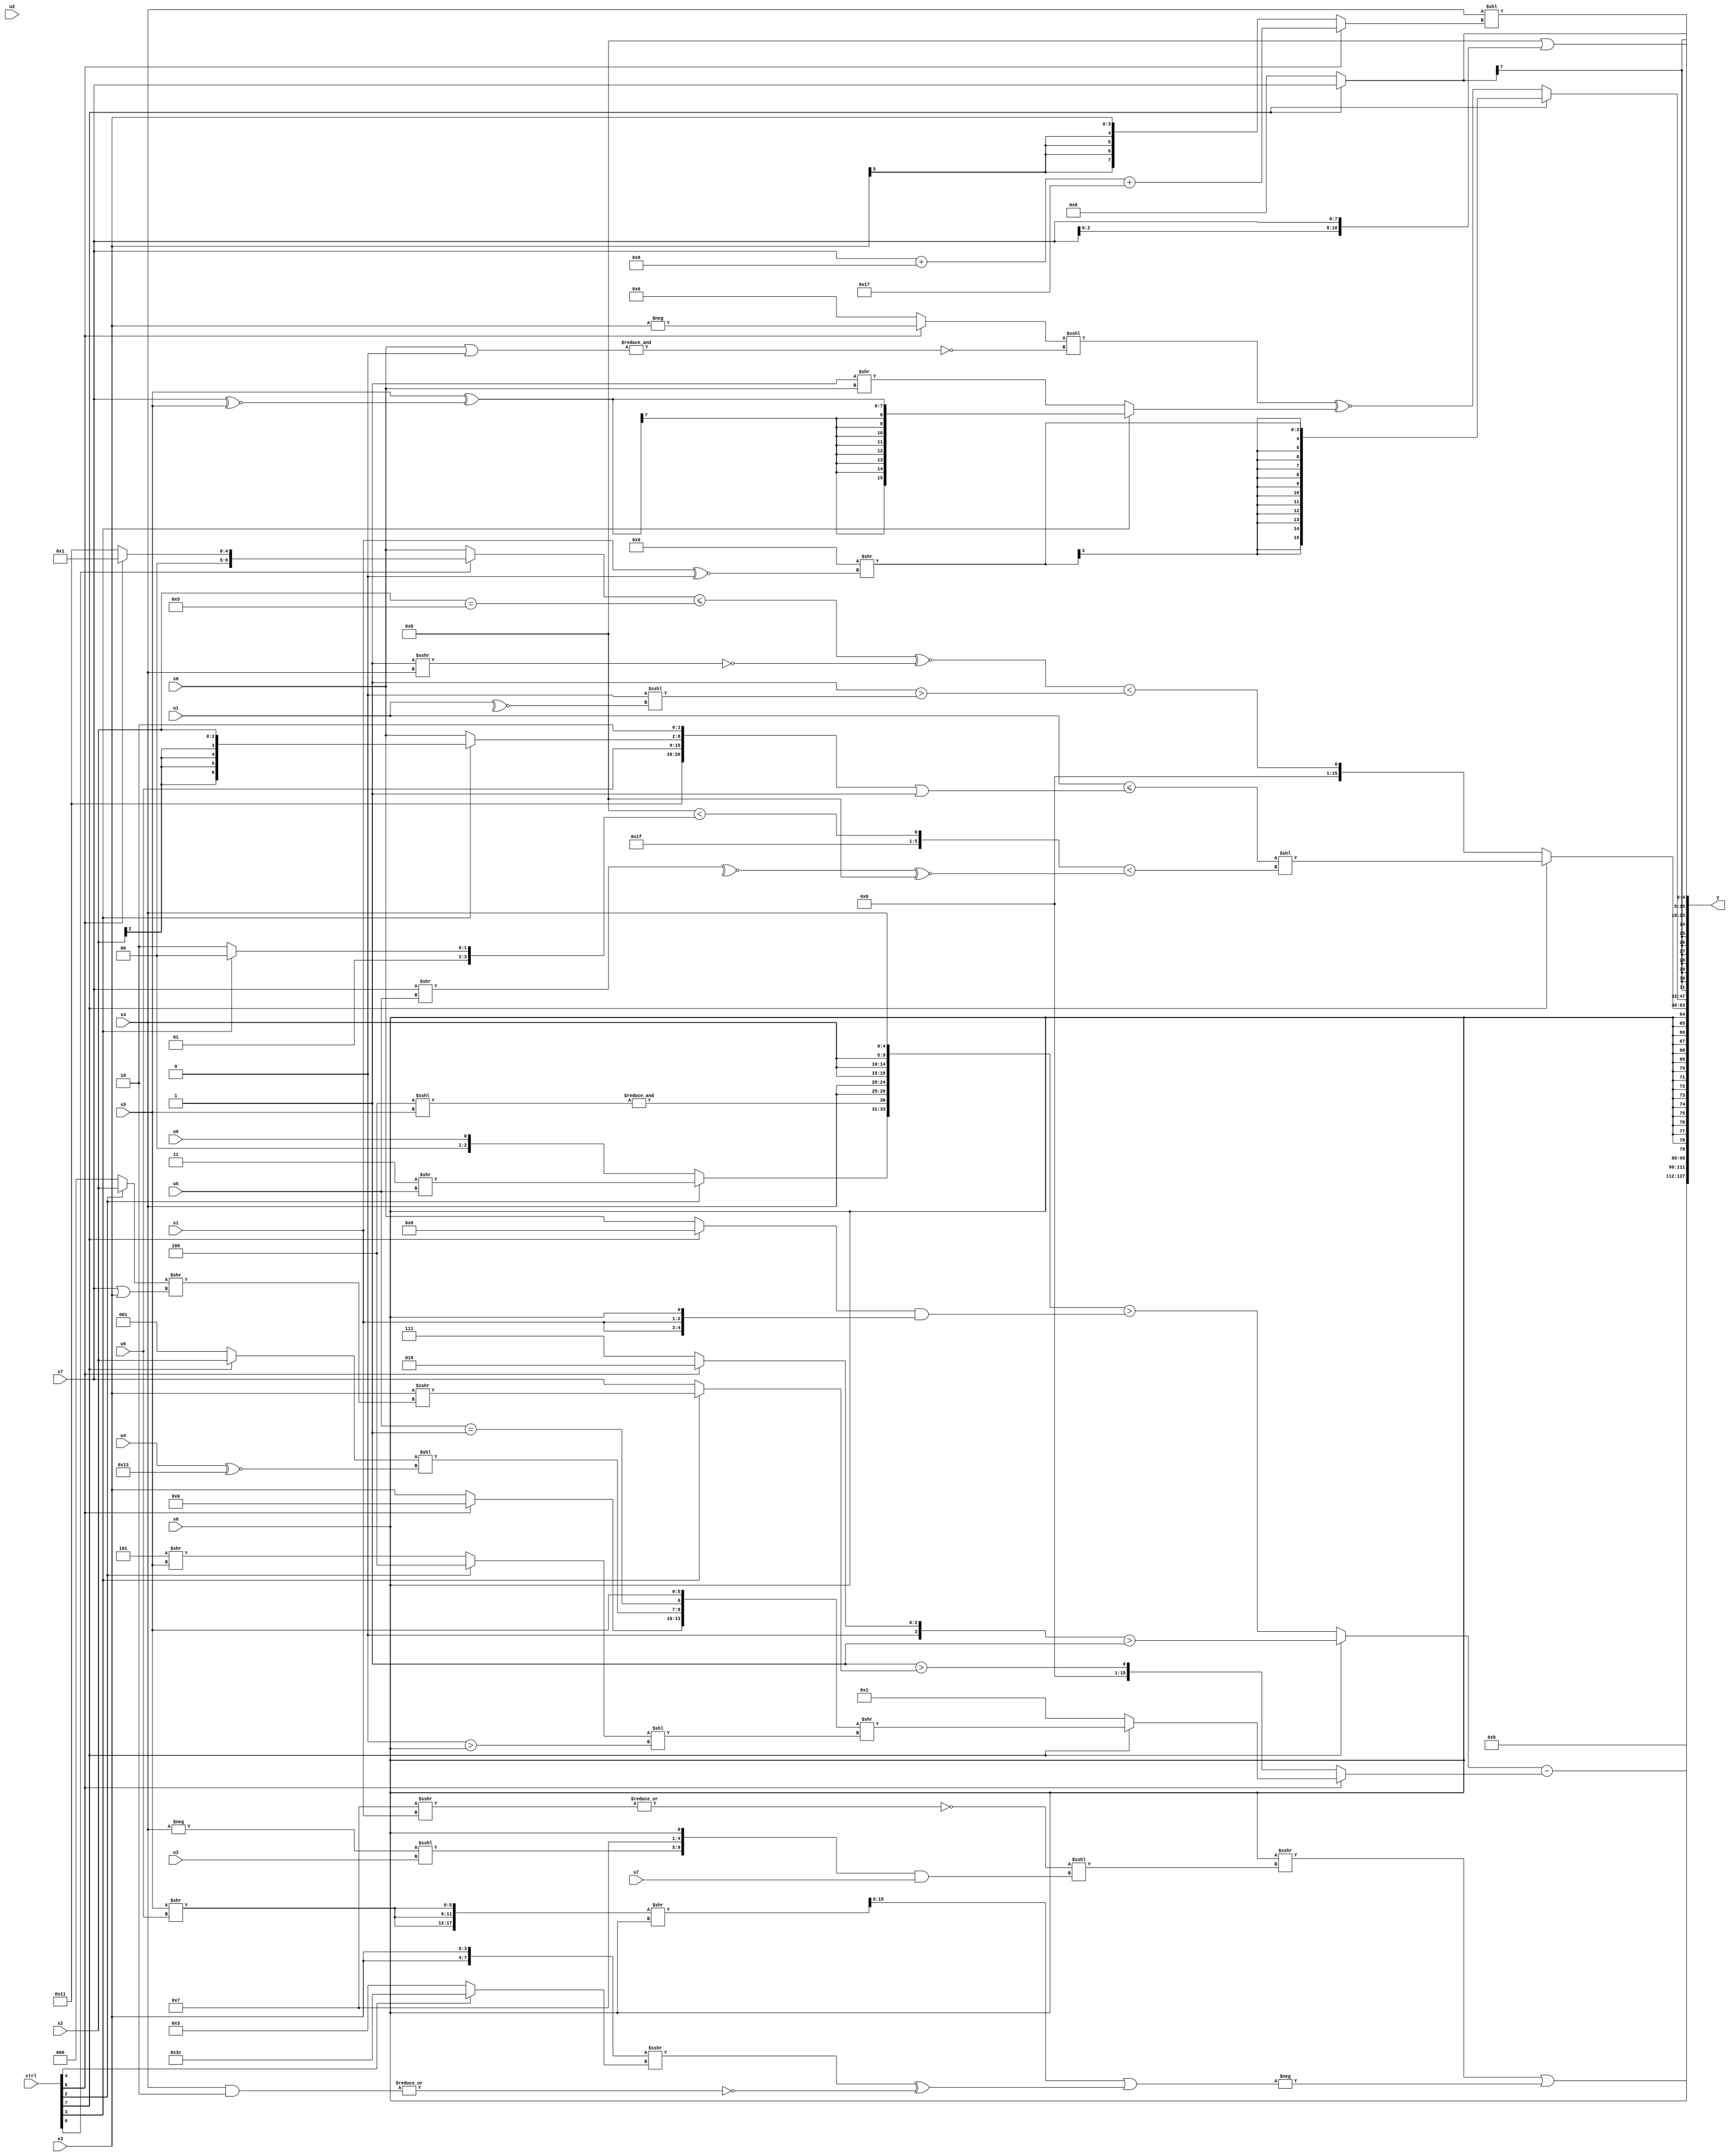
module wideexpr_00642(ctrl, u0, u1, u2, u3, u4, u5, u6, u7, s0, s1, s2, s3, s4, s5, s6, s7, y);
  input [7:0] ctrl;
  input [0:0] u0;
  input [1:0] u1;
  input [2:0] u2;
  input [3:0] u3;
  input [4:0] u4;
  input [5:0] u5;
  input [6:0] u6;
  input [7:0] u7;
  input signed [0:0] s0;
  input signed [1:0] s1;
  input signed [2:0] s2;
  input signed [3:0] s3;
  input signed [4:0] s4;
  input signed [5:0] s5;
  input signed [6:0] s6;
  input signed [7:0] s7;
  output [127:0] y;
  wire [15:0] y0;
  wire [15:0] y1;
  wire [15:0] y2;
  wire [15:0] y3;
  wire [15:0] y4;
  wire [15:0] y5;
  wire [15:0] y6;
  wire [15:0] y7;
  assign y = {y0,y1,y2,y3,y4,y5,y6,y7};
  assign y0 = 5'b01011;
  assign y1 = ($signed((s0)>>>((~|((~($signed(4'sb1000)))>>>(s1)))<<<(({(-(s4))<<<(+(u3)),4'sb0111,s0})&(u7)))))|(-($signed((($signed({3{(s5)>>(u6)}}))>>(s0))|($signed((({2{s3}})>>>((ctrl[4]?6'sb111100:5'sb00011)))^(~|((s4)&(2'sb10))))))));
  assign y2 = ((ctrl[7]?((ctrl[6]?3'sb010:4'sb0111))>(+(2'sb11)):({3'b000,{1{(ctrl[2]?(3'sb011)>>(u5):u0)}},{&((4'sb1100)<<<(s5)),{2{{3{s4}}}}}})>(((ctrl[7]?!(4'sb0001):$signed({s6})))&({+({2{s1}}),$signed($signed(s0))}))))-((ctrl[6]?(ctrl[7]?({(ctrl[6]?(s1)>>(5'sb01010):s3),((ctrl[7]?s2:2'sb01))<<((u4)^~(5'sb10011)),+((u5)==(1'sb1)),s5})>>(((ctrl[2]?3'sb100:(3'sb101)>>(s5)))<<(((1'sb0)<<<(6'sb000000))>(s0))):1'sb1):((1'sb1)>>>($unsigned(6'sb111011)))>((ctrl[3]?(s3)>>>(((ctrl[2]?s2:1'sb0))>>((s7)|(s3))):s7))));
  assign y3 = s0;
  assign y4 = (ctrl[7]?((u1)<=(({{6'sb010001,u6},(ctrl[3]?s2:s6),(2'sb10)>>(2'b00)})|(~&((ctrl[1]?3'sb001:2'sb00)))))<<(((3'b001)^~((4'sb1011)<((ctrl[3]?4'sb0100:4'sb0110))))<((~^((s7)>>(u5)))^~($signed(6'b001011)))):((((ctrl[0]?(ctrl[6]?2'b01:5'sb10001):$signed(s6)))<=(((s2)>>(2'sb00))==(-(4'sb1011))))^~(~(($signed(1'b1))>>>(s4))))<((1'sb1)>((1'sb0)<<<($signed(~^(u1))))));
  assign y5 = (ctrl[7]?(ctrl[7]?$signed((4'sb1001)>>((s1)^~(($unsigned(2'sb01))==($signed(5'sb11101))))):$signed((ctrl[3]?(((ctrl[0]?4'sb1111:5'sb10010))-($signed(1'sb1)))<<(3'sb001):6'sb100100))):($signed(((ctrl[6]?-($signed(s3)):5'sb00110))<<<(~&((s6)|((3'sb000)^~(2'sb11))))))^~((ctrl[3]?$signed(+((s5)^((s7)^~(s5)))):(2'sb11)>>(s6))));
  assign y6 = (ctrl[7]?s7:3'sb000);
  assign y7 = {{(ctrl[6]?(ctrl[2]?s0:u7):((ctrl[1]?{2{s5}}:$unsigned(-({{s3},u7,(6'sb000110)|(s5)}))))>(($signed(s4))<=((ctrl[4]?(ctrl[2]?-($signed(5'sb01110)):$signed((u3)<<<(6'sb000001))):+({2{{3'b010,u4,6'sb110010,s6}}})))))},(4'b1011)|({3{s7}}),+((s4)<<((ctrl[6]?(($signed($signed(+(s7))))+($signed(6'b111000)))+(6'sb010111):s3)))};
endmodule